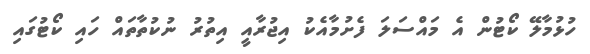
ހުޅުމާލޭ ކޯޓުން އެ މައްސަލަ ފެށުމާއެކު އިޖުރާއީ އިތުރު ނުކުތާތައް ހައި ކޯޓުގައި